Indian journal of veterinary science and animal husbandry - Volumes 24-25, 1954-1955
Year: 1954
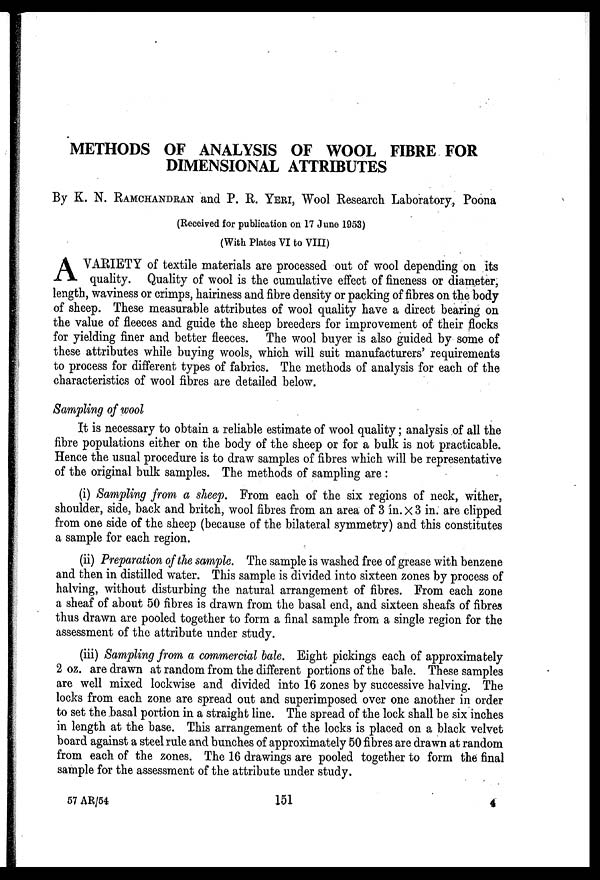
METHODS OF ANALYSIS OF WOOL FIBRE FOR
DIMENSIONAL ATTRIBUTES
By K. N. RAMCHANDRAN and P. R. YERI, Wool Research Laboratory, Poona
(Received for publication on 17 June 1953)
(With Plates VI to VIII)
A VARIETY of textile materials are processed out of wool depending on its
quality. Quality of wool is the cumulative effect of fineness or diameter,
length, waviness or crimps, hairiness and fibre density or packing of fibres on the body
of sheep. These measurable attributes of wool quality have a direct bearing on
the value of fleeces and guide the sheep breeders for improvement of their flocks
for yielding finer and better fleeces. The wool buyer is also guided by some of
these attributes while buying wools, which will suit manufacturers' requirements
to process for different types of fabrics. The methods of analysis for each of the
characteristics of wool fibres are detailed below.
Sampling of wool
It is necessary to obtain a reliable estimate of wool quality; analysis of all the
fibre populations either on the body of the sheep or for a bulk is not practicable.
Hence the usual procedure is to draw samples of fibres which will be representative
of the original bulk samples. The methods of sampling are :
(i) Sampling from a sheep. From each of the six regions of neck, wither,
shoulder, side, back and britch, wool fibres from an area of 3 in. x 3 in are clipped
from one side of the sheep (because of the bilateral symmetry) and this constitutes
a sample for each region.
(ii) Preparation of the sample. The sample is washed free of grease with benzene
and then in distilled water. This sample is divided into sixteen zones by process of
halving, without disturbing the natural arrangement of fibres. From each zone
a sheaf of about 50 fibres is drawn from the basal end, and sixteen sheafs of fibres
thus drawn are pooled together to form a final sample from a single region for the
assessment of the attribute under study.
(iii) Sampling from a commercial bale. Eight pickings each of approximately
2 oz. are drawn at random from the different portions of the bale. These samples
are well mixed lockwise and divided into 16 zones by successive halving. The
locks from each zone are spread out and superimposed over one another in order
to set the basal portion in a straight line. The spread of the lock shall be six inches
in length at the base. This arrangement of the locks is placed on a black velvet
board against a steel rule and bunches of approximately 50 fibres are drawn at random
from each of the zones. The 16 drawings are pooled together to form the final
sample for the assessment of the attribute under study.
57 AR/54
151
4